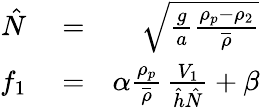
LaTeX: \begin{array}{rlr}{\hat{N}}&{{}=}&{\sqrt{\frac{g}{a}\frac{\rho_{p}-\rho_{2}}{\overline{{\rho}}}}}\\ {f_{1}}&{{}=}&{\alpha\frac{\rho_{p}}{\overline{{\rho}}}\, \frac{V_{1}}{\hat{h}\hat{N}}+\beta}\end{array}